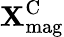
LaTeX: \mathbf{X}_{\mathrm{{mag}}}^{\mathrm{{C}}}